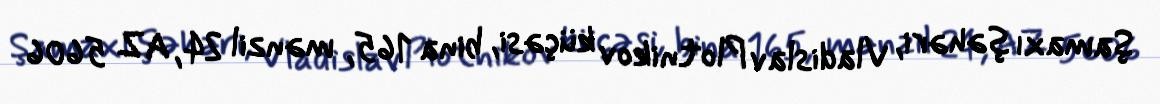
Şamaxı şəhəri, Vladislav Plotnikov küçəsi, bina 165, mənzil 24, AZ 5606